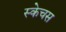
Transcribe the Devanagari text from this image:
स्केचस